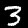
Digit: 3